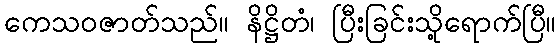
ကေသဝဇာတ်သည်။ နိဋ္ဌိတံ၊ ပြီးခြင်းသို့ရောက်ပြီ။